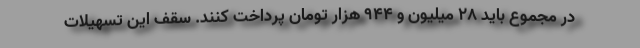
در مجموع باید ۲۸ میلیون و ۹۴۴ هزار تومان پرداخت کنند. سقف این تسهیلات